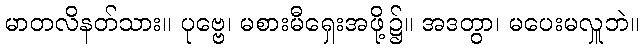
မာတလိနတ်သား။ ပုဗ္ဗေ၊ မစားမီရှေးအဖို့၌။ အဒတွာ၊ မပေးမလှူဘဲ။